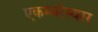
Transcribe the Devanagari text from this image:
एकम्बरेस्वरर